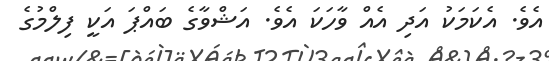
އެވެ. އެކަމަކު އަދި އެއް ވާހަކަ އެވެ. އަޝްވާގެ ބައްޕަ އަކީ ފިލްމުގެ